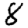
Digit: 8